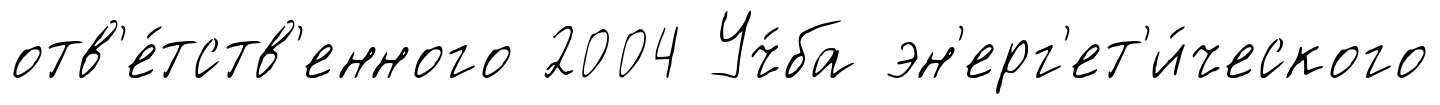
отв'е́тств'енного 2004 Уч́ба эн'ерг'ет'и́ческого